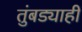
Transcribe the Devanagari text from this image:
तुंबड्याही